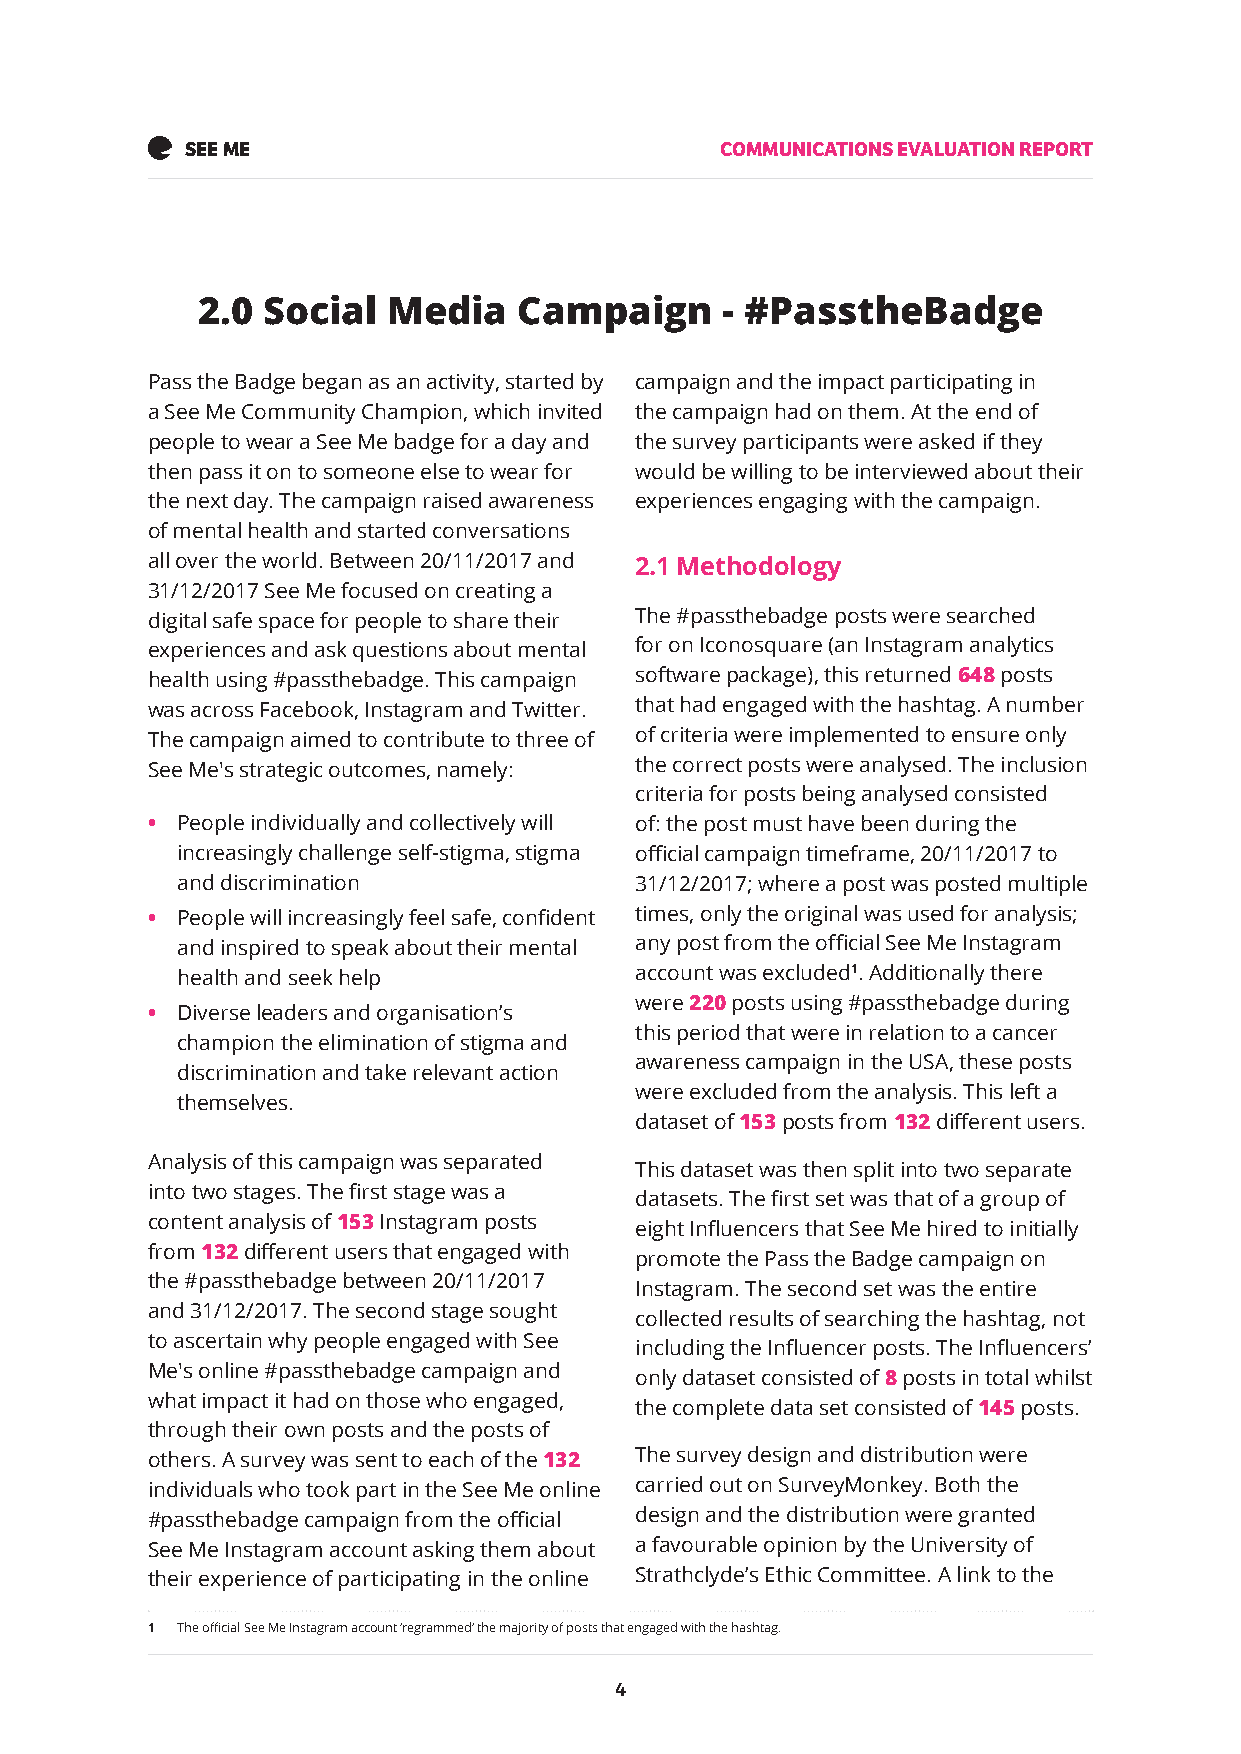
SEE ME                              COMMUNICATIONS EVALUATION REPORT
 2.0 Social   Media   Campaign      - #PasstheBadge
 Pass the Badge began as an activity, started by campaign and the impact participating in
 a See Me Community Champion, which invited the campaign had on them. At the end of
 people to wear a See Me badge for a day and the survey participants were asked if they
 then pass it on to someone else to wear for would be willing to be interviewed about their
 the next day. The campaign raised awareness experiences engaging with the campaign.
 of mental health and started conversations
 all over the world. Between 20/11/2017 and 2.1 Methodology
 31/12/2017 See Me focused on creating a
 digital safe space for people to share their The #passthebadge posts were searched
 experiences and ask questions about mental for on Iconosquare (an Instagram analytics
 health using #passthebadge. This campaign software package), this returned 648 posts
 was across Facebook, Instagram and Twitter. that had engaged with the hashtag. A number
 The campaign aimed to contribute to three of of criteria were implemented to ensure only
 See Me's strategic outcomes, namely: the correct posts were analysed. The inclusion
 criteria for posts being analysed consisted
 • People individually and collectively will of: the post must have been during the
 increasingly challenge self-stigma, stigma official campaign timeframe, 20/11/2017 to
 and discrimination            31/12/2017; where a post was posted multiple
 • People will increasingly feel safe, confident times, only the original was used for analysis;
 and inspired to speak about their mental any post from the official See Me Instagram
 health and seek help          account was excluded1. Additionally there
 were 220 posts using #passthebadge during
 • Diverse leaders and organisation’s
 this period that were in relation to a cancer
 champion the elimination of stigma and
 awareness campaign in the USA, these posts
 discrimination and take relevant action
 were excluded from the analysis. This left a
 themselves.
 dataset of 153 posts from 132 different users.
 Analysis of this campaign was separated
 This dataset was then split into two separate
 into two stages. The first stage was a
 datasets. The first set was that of a group of
 content analysis of 153 Instagram posts
 eight Influencers that See Me hired to initially
 from 132 different users that engaged with
 promote the Pass the Badge campaign on
 the #passthebadge between 20/11/2017
 Instagram. The second set was the entire
 and 31/12/2017. The second stage sought
 collected results of searching the hashtag, not
 to ascertain why people engaged with See
 including the Influencer posts. The Influencers’
 Me's online #passthebadge campaign and
 only dataset consisted of 8 posts in total whilst
 what impact it had on those who engaged,
 the complete data set consisted of 145 posts.
 through their own posts and the posts of
 others. A survey was sent to each of the 132 The survey design and distribution were
 individuals who took part in the See Me online carried out on SurveyMonkey. Both the
 #passthebadge campaign from the official design and the distribution were granted
 See Me Instagram account asking them about a favourable opinion by the University of
 their experience of participating in the online Strathclyde’s Ethic Committee. A link to the
 1 The official See Me Instagram account ‘regrammed’ the majority of posts that engaged with the hashtag.
 4